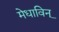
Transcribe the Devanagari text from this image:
मेधाविन्